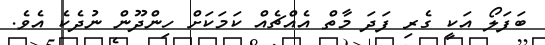
ބަފަލޯ އަކީ ގެރި ފަދަ މާތް އެއްޗެއް ކަމަކަށް ހިންދޫން ނުދެކެ އެވެ.